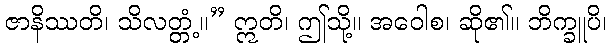
ဇာနိဿတိ၊ သိလတ္တံ့။” ဣတိ၊ ဤသို့။ အဝေါစ၊ ဆို၏။ ဘိက္ခူပိ၊